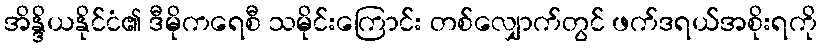
အိန္ဒိယနိုင်ငံ၏ ဒီမိုကရေစီ သမိုင်းကြောင်း တစ်လျှောက်တွင် ဖက်ဒရယ်အစိုးရကို